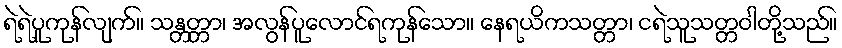
ရဲရဲပူကုန်လျက်။ သန္တတ္တာ၊ အလွန်ပူလောင်ရကုန်သော။ နေရယိကသတ္တာ၊ ငရဲသူသတ္တဝါတို့သည်။